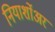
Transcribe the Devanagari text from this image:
नियार्शोअर